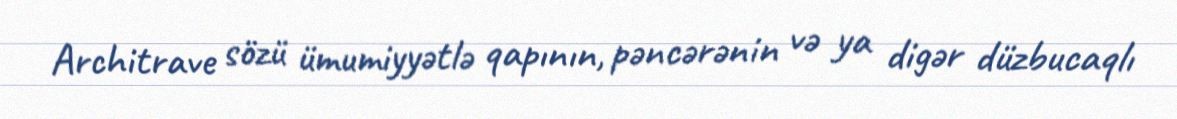
Architrave sözü ümumiyyətlə qapının, pəncərənin və ya digər düzbucaqlı